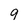
Character: 9